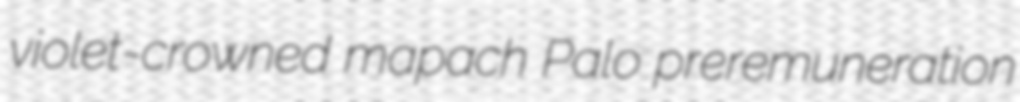
violet-crowned mapach Palo preremuneration